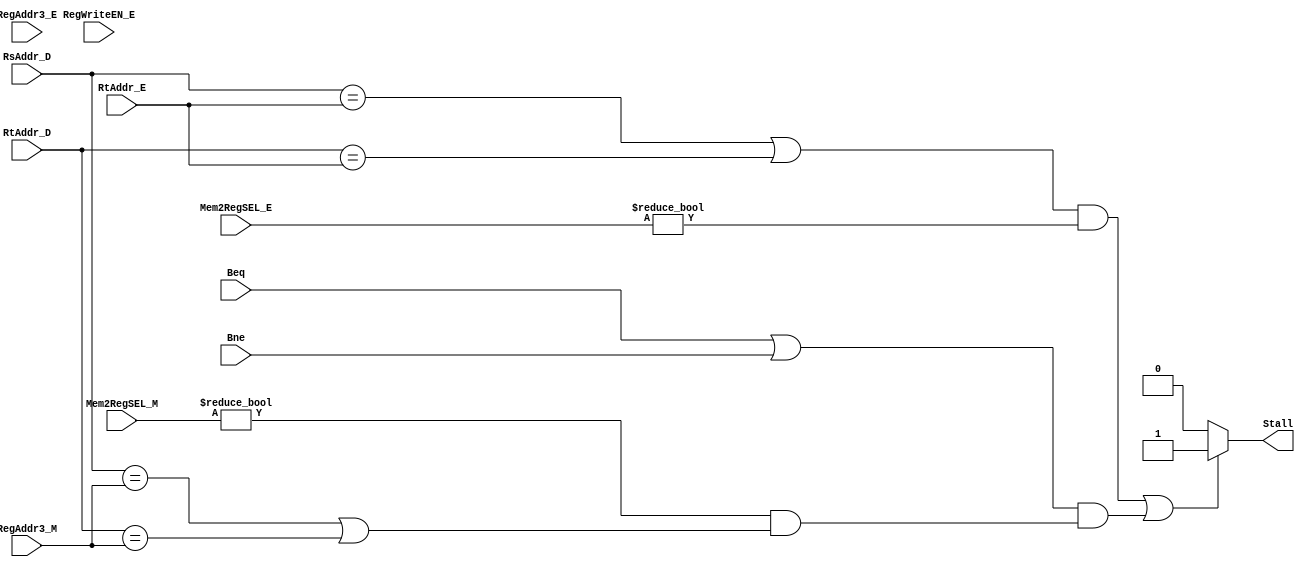
module Hazard_Detect(
                   RsAddr_D,
                   RtAddr_D,
                   RtAddr_E,
                   RegAddr3_E,
                   RegAddr3_M,
                   Beq,
                   Bne,
                   RegWriteEN_E,
                   Mem2RegSEL_E,
                   Mem2RegSEL_M,

                   Stall);
    input [4:0] RsAddr_D, RtAddr_D, RtAddr_E, RegAddr3_E, RegAddr3_M;
    input [1:0] Mem2RegSEL_E, Mem2RegSEL_M;
    input Beq, Bne, RegWriteEN_E;
    output reg Stall;
    initial begin
        Stall <= 0;
    end
    
    always @(*) begin
        Stall <= 0;
        if (
                ((RsAddr_D == RtAddr_E || RtAddr_D == RtAddr_E) && Mem2RegSEL_E != 0 ) ||                           //LW stall: if LW follows instruction that tries to use data from memory
                ((Beq || Bne) && (Mem2RegSEL_M != 0  && (RsAddr_D == RegAddr3_M || RtAddr_D == RegAddr3_M))         //Branch stall: if branch try to get register data from MEM stage
                )
            ) 
        begin 
            Stall <= 1;
        end

    end
    
endmodule